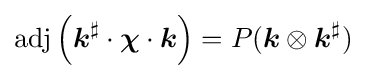
\mathrm {adj} \left({\boldsymbol {k}}^{\sharp }\cdot {\boldsymbol {\chi }}\cdot {\boldsymbol {k}}\right)=P({\boldsymbol {k}}\otimes {\boldsymbol {k}}^{\sharp })